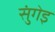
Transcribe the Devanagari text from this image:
सुंगेइ